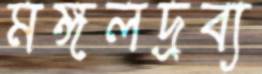
মঙ্গলদ্রব্য